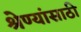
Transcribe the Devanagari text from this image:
श्रेण्यांसाठी